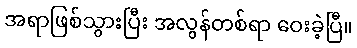
အရာဖြစ်သွားပြီး အလွန်တစ်ရာ ဝေးခဲ့ပြီ။